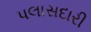
પલાસદારી